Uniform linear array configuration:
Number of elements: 32
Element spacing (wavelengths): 0.25
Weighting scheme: blackman
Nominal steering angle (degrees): -60
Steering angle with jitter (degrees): -59.597
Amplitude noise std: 0.05
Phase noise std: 0.05

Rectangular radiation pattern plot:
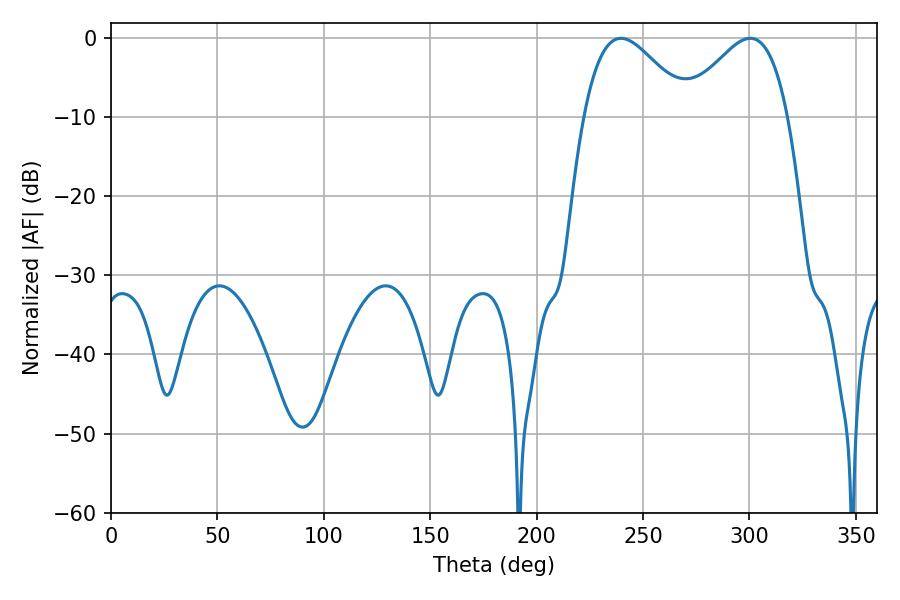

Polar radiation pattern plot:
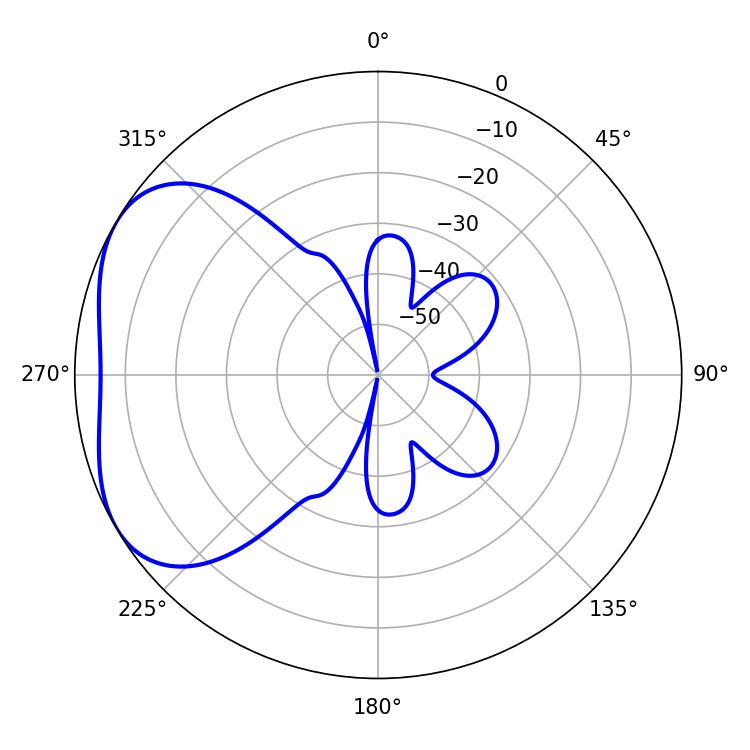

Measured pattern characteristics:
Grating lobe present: FALSE
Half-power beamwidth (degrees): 26.46
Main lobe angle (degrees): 239.58